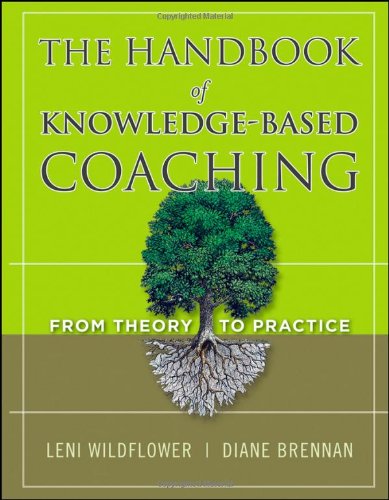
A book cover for The Handbook of Knowledge-Based Coaching: From Theory to Practice; Business & Money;